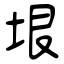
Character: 垠